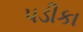
પડીકા